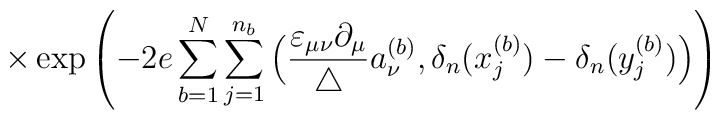
\times \exp \left( -2 e \sum_{b=1}^N \sum_{j=1}^{n_b}\Big( \frac{\varepsilon_{\mu \nu} \partial_\mu}{\triangle} a^{(b)}_\nu,\delta_n(x_j^{(b)}) - \delta_n(y_j^{(b)}) \Big) \right)